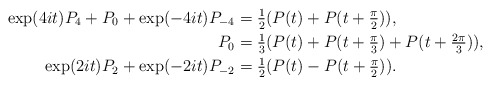
\begin{align*}\exp(4it)P_4+P_0+\exp(-4it)P_{-4}&=\tfrac{1}{2}(P(t)+P(t+\tfrac{\pi}{2})),\\P_0&=\tfrac{1}{3}(P(t)+P(t+\tfrac{\pi}{3})+P(t+\tfrac{2\pi}{3})),\\\exp(2it)P_2+\exp(-2it)P_{-2}&=\tfrac{1}{2}(P(t)-P(t+\tfrac{\pi}{2})).\end{align*}